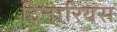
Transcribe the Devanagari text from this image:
दिनारियस